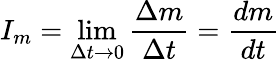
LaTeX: I_{m}=\operatorname*{lim}_{\Delta t\rightarrow 0}{\frac{\Delta m}{\Delta t}}={\frac{dm}{dt}}